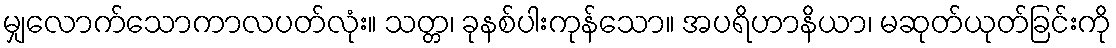
မျှလောက်သောကာလပတ်လုံး။ သတ္တ၊ ခုနစ်ပါးကုန်သော။ အပရိဟာနိယာ၊ မဆုတ်ယုတ်ခြင်းကို